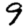
Digit: 9